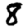
Digit: 8